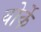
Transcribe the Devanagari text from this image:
वोर्के